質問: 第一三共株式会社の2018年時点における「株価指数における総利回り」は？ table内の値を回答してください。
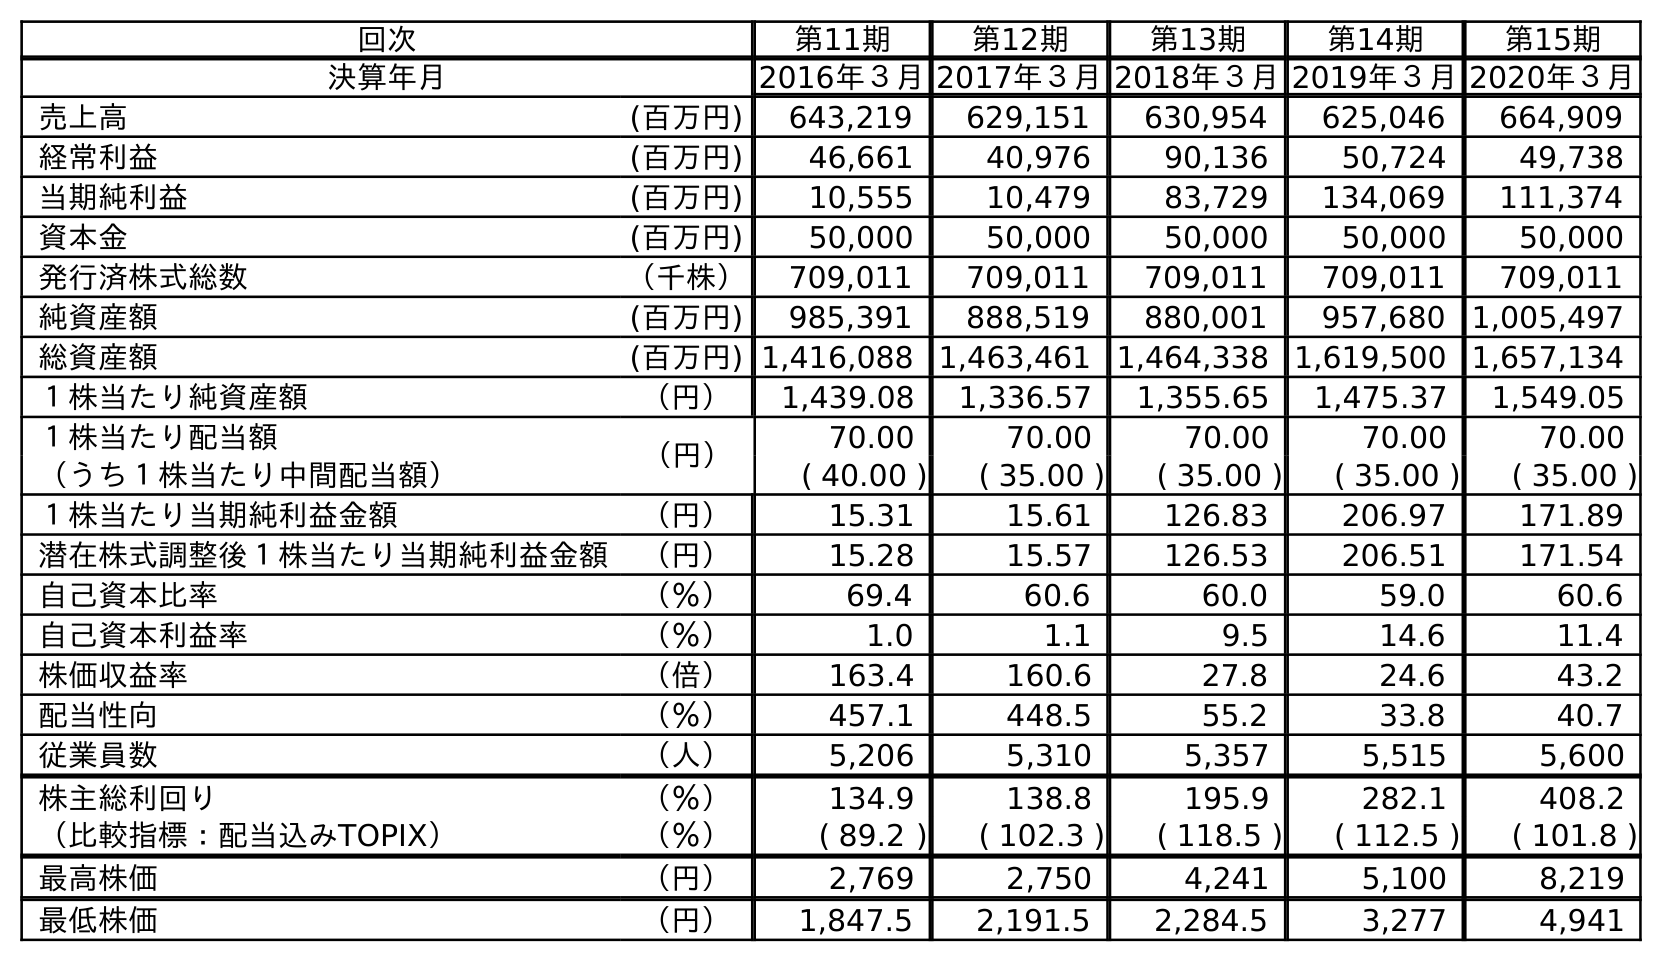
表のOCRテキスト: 回次 第11期 第12期 第13期 第14期 第15期 決算年月 2016年３月2017年３月2018年３月2019年３月2020年３月 売上高 (百万円) 643,219 629,151 630,954 625,046 664,909 経常利益 (百万円) 46,661 40,976 90,136 50,724 49,738 当期純利益 (百万円) 10,555 10,479 83,729 134,069 111,374 資本金 (百万円) 50,000 50,000 50,000 50,000 50,000 発行済株式総数 （千株） 709,011 709,011 709,011 709,011 709,011 純資産額 (百万円) 985,391 888,519 880,001 957,680 1,005,497 総資産額 (百万円) 1,416,088 1,463,461 1,464,338 1,619,500 1,657,134 １株当たり純資産額 （円） 1,439.08 1,336.57 1,355.65 1,475.37 1,549.05 １株当たり配当額 （円） 70.00 70.00 70.00 70.00 70.00 （うち１株当たり中間配当額） ( 40.00 ) ( 35.00 ) ( 35.00 ) ( 35.00 ) ( 35.00 ) １株当たり当期純利益金額 （円） 15.31 15.61 126.83 206.97 171.89 潜在株式調整後１株当たり当期純利益金額 （円） 15.28 15.57 126.53 206.51 171.54 自己資本比率 （％） 69.4 60.6 60.0 59.0 60.6 自己資本利益率 （％） 1.0 1.1 9.5 14.6 11.4 株価収益率 （倍） 163.4 160.6 27.8 24.6 43.2 配当性向 （％） 457.1 448.5 55.2 33.8 40.7 従業員数 （人） 5,206 5,310 5,357 5,515 5,600 株主総利回り （％） 134.9 138.8 195.9 282.1 408.2 （比較指標：配当込みTOPIX） （％） ( 89.2 ) ( 102.3 ) ( 118.5 ) ( 112.5 ) ( 101.8 ) 最高株価 （円） 2,769 2,750 4,241 5,100 8,219 最低株価 （円） 1,847.5 2,191.5 2,284.5 3,277 4,941
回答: (118.5)